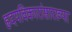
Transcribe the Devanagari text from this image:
हृदयविकारांसारख्या